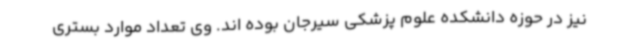
نیز در حوزه دانشکده علوم پزشکی سیرجان بوده اند. وی تعداد موارد بستری